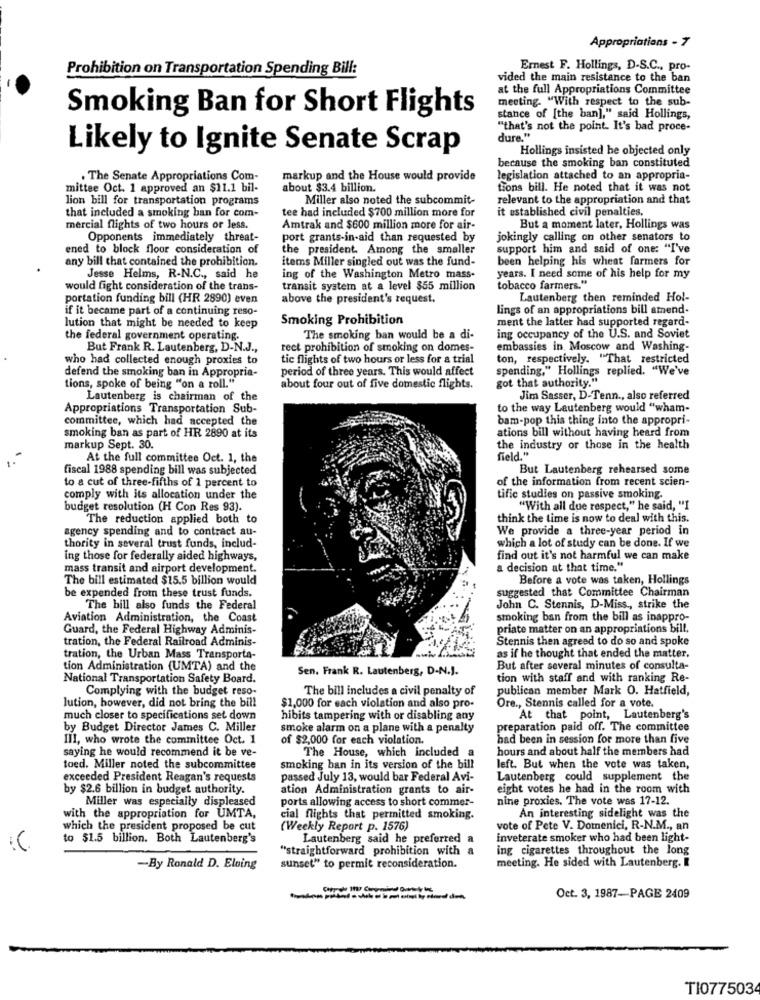
Appropriations - 7
Prohibition on Transportation Spending Bill:
Ernest F. Hollings, D.S.C ., pro-
vided the main resistance to the ban
at the full Appropriations Committee
meeting. "With respect to the sub-
Smoking Ban for Short Flights
stance of [the ban]," said Hollings,
"that's not the point. It's bad proce-
dure."
Likely to Ignite Senate Scrap
Hollings insisted he objected only
because the smoking ban constituted
. The Senate Appropriations Com-
markup and the House would provide
legislation attached to an appropria-
mittee Oct. 1 approved an $11.1 bil-
about $3.4 billion.
tions bill. He noted that it was not
lion bill for transportation programs
Miller also noted the subcommit-
relevant to the appropriation and that
that included a smoking ban for com-
tee had included $700 million more for
it established civil penalties.
mercial flights of two hours or less.
Amtrak and $600 million more for air-
But a moment later, Hollings was
Opponents immediately threat-
port grants-in-aid than requested by
jokingly calling on other senators to
ened to block floor consideration of
the president. Among the smaller
support him and said of one: "I've
any bill that contained the prohibition.
items Miller singled out was the fund-
been helping his wheat farmers for
Jesse Helms, R-N.C ., said he
ing of the Washington Metro mass-
years. I need some of his help for my
would fight consideration of the trans-
transit system at a level $55 million
tobacco farmers."
portation funding bill (HR 2890) even
above the president's request.
Lautenberg then reminded Hol-
if it became part of a continuing reso-
lings of an appropriations bill amend-
Smoking Prohibition
ment the latter had supported regard-
lution that might be needed to keep
the federal government operating.
The smoking ban would be a di-
ing occupancy of the U.S. and Soviet
But Frank R. Lautenberg, D-N.J .,
rect prohibition of smoking on domes-
embassies in, Moscow and Washing-
who had collected enough proxies to
tic flights of two hours or less for a trial
ton, respectively. "That restricted
defend the smoking ban in Appropria-
period of three years. This would affect
spending," Hollings replied. "We've
got that authority."
tions, spoke of being "on a roll."
about four out of five domestic flights.
Lautenberg is chairman of the
Jim Sasser, D-Tenn ., also referred
Appropriations Transportation Sub-
to the way Lautenberg would "wham-
committee, which had accepted the
bam-pop this thing into the appropri-
ations bill without having heard from
smoking ban as part of HR 2890 at its
markup Sept. 30.
the industry or those in the health
At the full committee Oct. 1, the
field."
fiscal 1988 spending bill was subjected
But Lautenberg rehearsed some
to a cut of three-fifths of 1 percent to
of the information from recent scien-
comply with its allocation under the
tific studies on passive smoking.
budget resolution (H Con Res 93).
"With all due respect," he said, "I
The reduction applied both to
think the time is now to deal with this.
agency spending and to contract au-
We provide a three-year period in
which a lot of study can be done. If we
thority in several trust funds, includ-
ing those for federally aided highways,
find out it's not harmful we can make
mass transit and airport development.
a decision at that time."
The bill estimated $15.5 billion would
Before a vote was taken, Hollings
be expended from these trust funds.
suggested that Committee Chairman
The bill also funds the Federal
John C. Stennis, D-Miss ., strike the
Aviation Administration, the Coast
smoking ban from the bill as inappro-
Guard, the Federal Highway Adminis-
priate matter on an appropriations bill.
tration, the Federal Railroad Adminis-
Stennis then agreed to do so and spoke
tration, the Urban Mass Transporta-
as if he thought that ended the matter.
tion Administration (UMTA) and the
Sen. Frank R. Lautenberg, D-N.J.
But after several minutes of consulta-
National Transportation Safety Board.
tion with staff and with ranking Re-
Complying with the budget reso-
The bill includes a civil penalty of
publican member Mark O. Hatfield,
lution, however, did not bring the bill
$1,000 for each violation and also pro-
Ore ., Stennis called for a vote.
much closer to specifications set down
hibits tampering with or disabling any
At that point, Lautenberg's
by Budget Director James C. Miller
smoke alarm on a plane with a penalty
preparation paid off. The committee
III, who wrote the committee Oct. 1
of $2,000 for each violation.
had been in session for more than five
saying he would recommend it be ve-
The House, which included a
hours and about half the members had
toed. Miller noted the subcommittee
smoking ban in its version of the bill
left. But when the vote was taken,
exceeded President Reagan's requests
passed July 13, would bar Federal Avi-
Lautenberg could supplement the
by $2.6 billion in budget authority.
ation Administration grants to air-
eight votes he had in the room with
Miller was especially displeased
ports allowing access to short commer-
nine proxies. The vote was 17-12.
with the appropriation for UMTA,
cial flights that permitted smoking.
An interesting sidelight was the
which the president proposed be cut
(Weekly Report p. 1576)
vote of Pete V. Domenici, R-N.M ., an
to $1.5 billion. Both Lautenberg's
Lautenberg said he preferred a
inveterate smoker who had been light-
"straightforward prohibition with a
ing cigarettes throughout the long
-By Ronald D. Elving
sunset" to permit reconsideration.
meeting. He sided with Lautenberg. R
Oct. 3, 1987-PAGE 2409
T1077503